Indian journal of veterinary science and animal husbandry - Volume 14,
Year: 1944
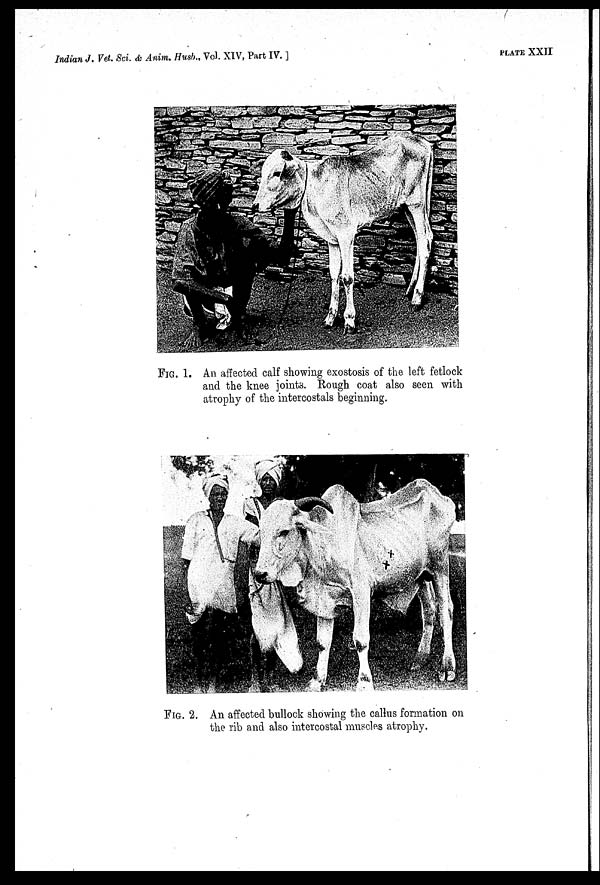
Indian J. Vet. Sci. & Anim. Husb., Vol. XIV, Part IV.]
PLATE
XXII
FIG. 1. An affected calf showing exostosis of the left fetlock
and the knee joints. Rough coat also seen with
atrophy of the intercostals beginning.
FIG. 2. An affected bullock showing the callus formation on
the rib and also intercostal muscles atrophy.